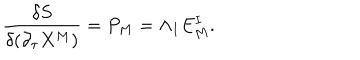
LaTeX: { \frac { \delta S } { \delta ( \partial _ { \tau } X ^ { M } ) } } = P _ { M } = \Lambda _ { I } E _ { M } ^ { I } .